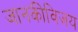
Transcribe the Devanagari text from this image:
जानकीविजय